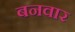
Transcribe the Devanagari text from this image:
बनवार